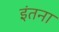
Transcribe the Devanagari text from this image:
इंतना